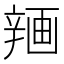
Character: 𰺨